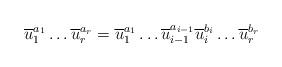
LaTeX: \begin{align*} \overline{u}_1^{a_1} \dots \overline{u}_r^{a_r} = \overline{u}_1^{a_1} \dots \overline{u}_{i-1}^{a_{i-1}} \overline{u}_i^{b_i} \dots \overline{u}_r^{b_r}\end{align*}